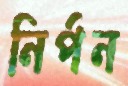
নির্পন